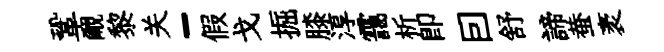
鞏覼黎关-假戈掘膝淳靄析卽囙舒諦蛬袤